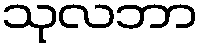
သုလဘာ